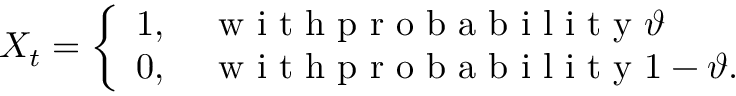
X _ { t } = \left\{ \begin{array} { l l } { 1 , \quad \mathrm { ~ w ~ i ~ t ~ h ~ p ~ r ~ o ~ b ~ a ~ b ~ i ~ l ~ i ~ t ~ y ~ } \vartheta } \\ { 0 , \quad \mathrm { ~ w ~ i ~ t ~ h ~ p ~ r ~ o ~ b ~ a ~ b ~ i ~ l ~ i ~ t ~ y ~ } 1 - \vartheta . } \end{array} \right.